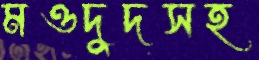
মওদুদসহ